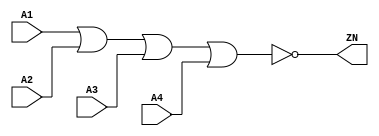
module NOR4_X4 (A1, A2, A3, A4, ZN);
  input A1;
  input A2;
  input A3;
  input A4;
  output ZN;
  not(ZN, i_12);
  or(i_12, i_13, A4);
  or(i_13, i_14, A3);
  or(i_14, A1, A2);
  specify
    (A1 => ZN) = (0.1, 0.1);
    (A2 => ZN) = (0.1, 0.1);
    (A3 => ZN) = (0.1, 0.1);
    (A4 => ZN) = (0.1, 0.1);
  endspecify
endmodule